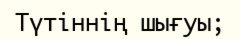
Түтіннің шығуы;